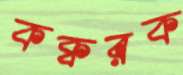
কক্বরক